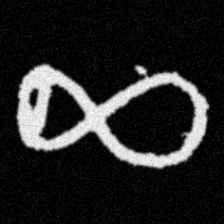
Pyu character \u2014 Myanmar letter: ဆ (romanized: cha)